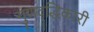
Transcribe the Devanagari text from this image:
गुणवृद्धिकारी